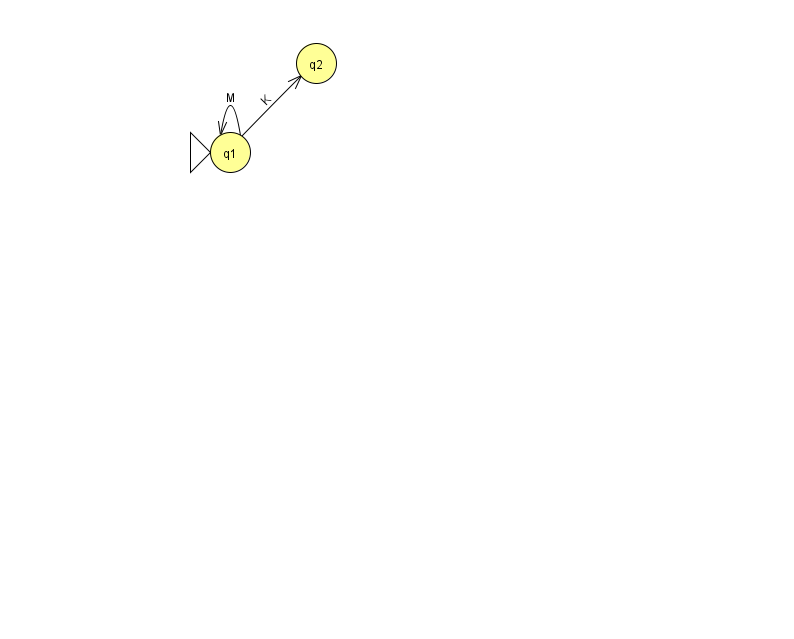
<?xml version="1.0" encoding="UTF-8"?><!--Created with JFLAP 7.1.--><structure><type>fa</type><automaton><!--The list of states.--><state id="1" name="q1"><x>230.0</x><y>139.0</y><initial/></state><state id="2" name="q2"><x>316.0</x><y>50.0</y></state><!--The list of transitions.--><transition><from>1</from><to>2</to><read>K</read></transition><transition><from>1</from><to>1</to><read>M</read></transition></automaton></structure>